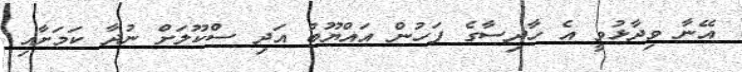
އޭނާ ވިދާޅުވީ އެ ހާދިސާގެ ފަހުން އައްޔޫބު އަދި ސްކޫލަށް ނުދާ ކަމަށާއި